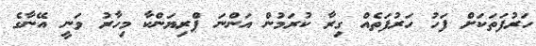
ހަރުފަތަކަށް ފަހު ހަރުފަތެއް ގިރާ ކުރަމުން އަންނަ ޕްރިޔަންކާ މިހާރު ވަނީ އޭނާގެ